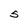
Character: S